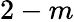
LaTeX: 2-m